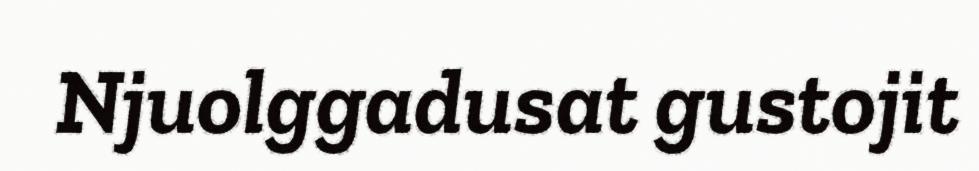
Njuolggadusat gustojit